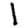
Digit: 1